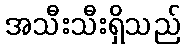
အသီးသီးရှိသည်